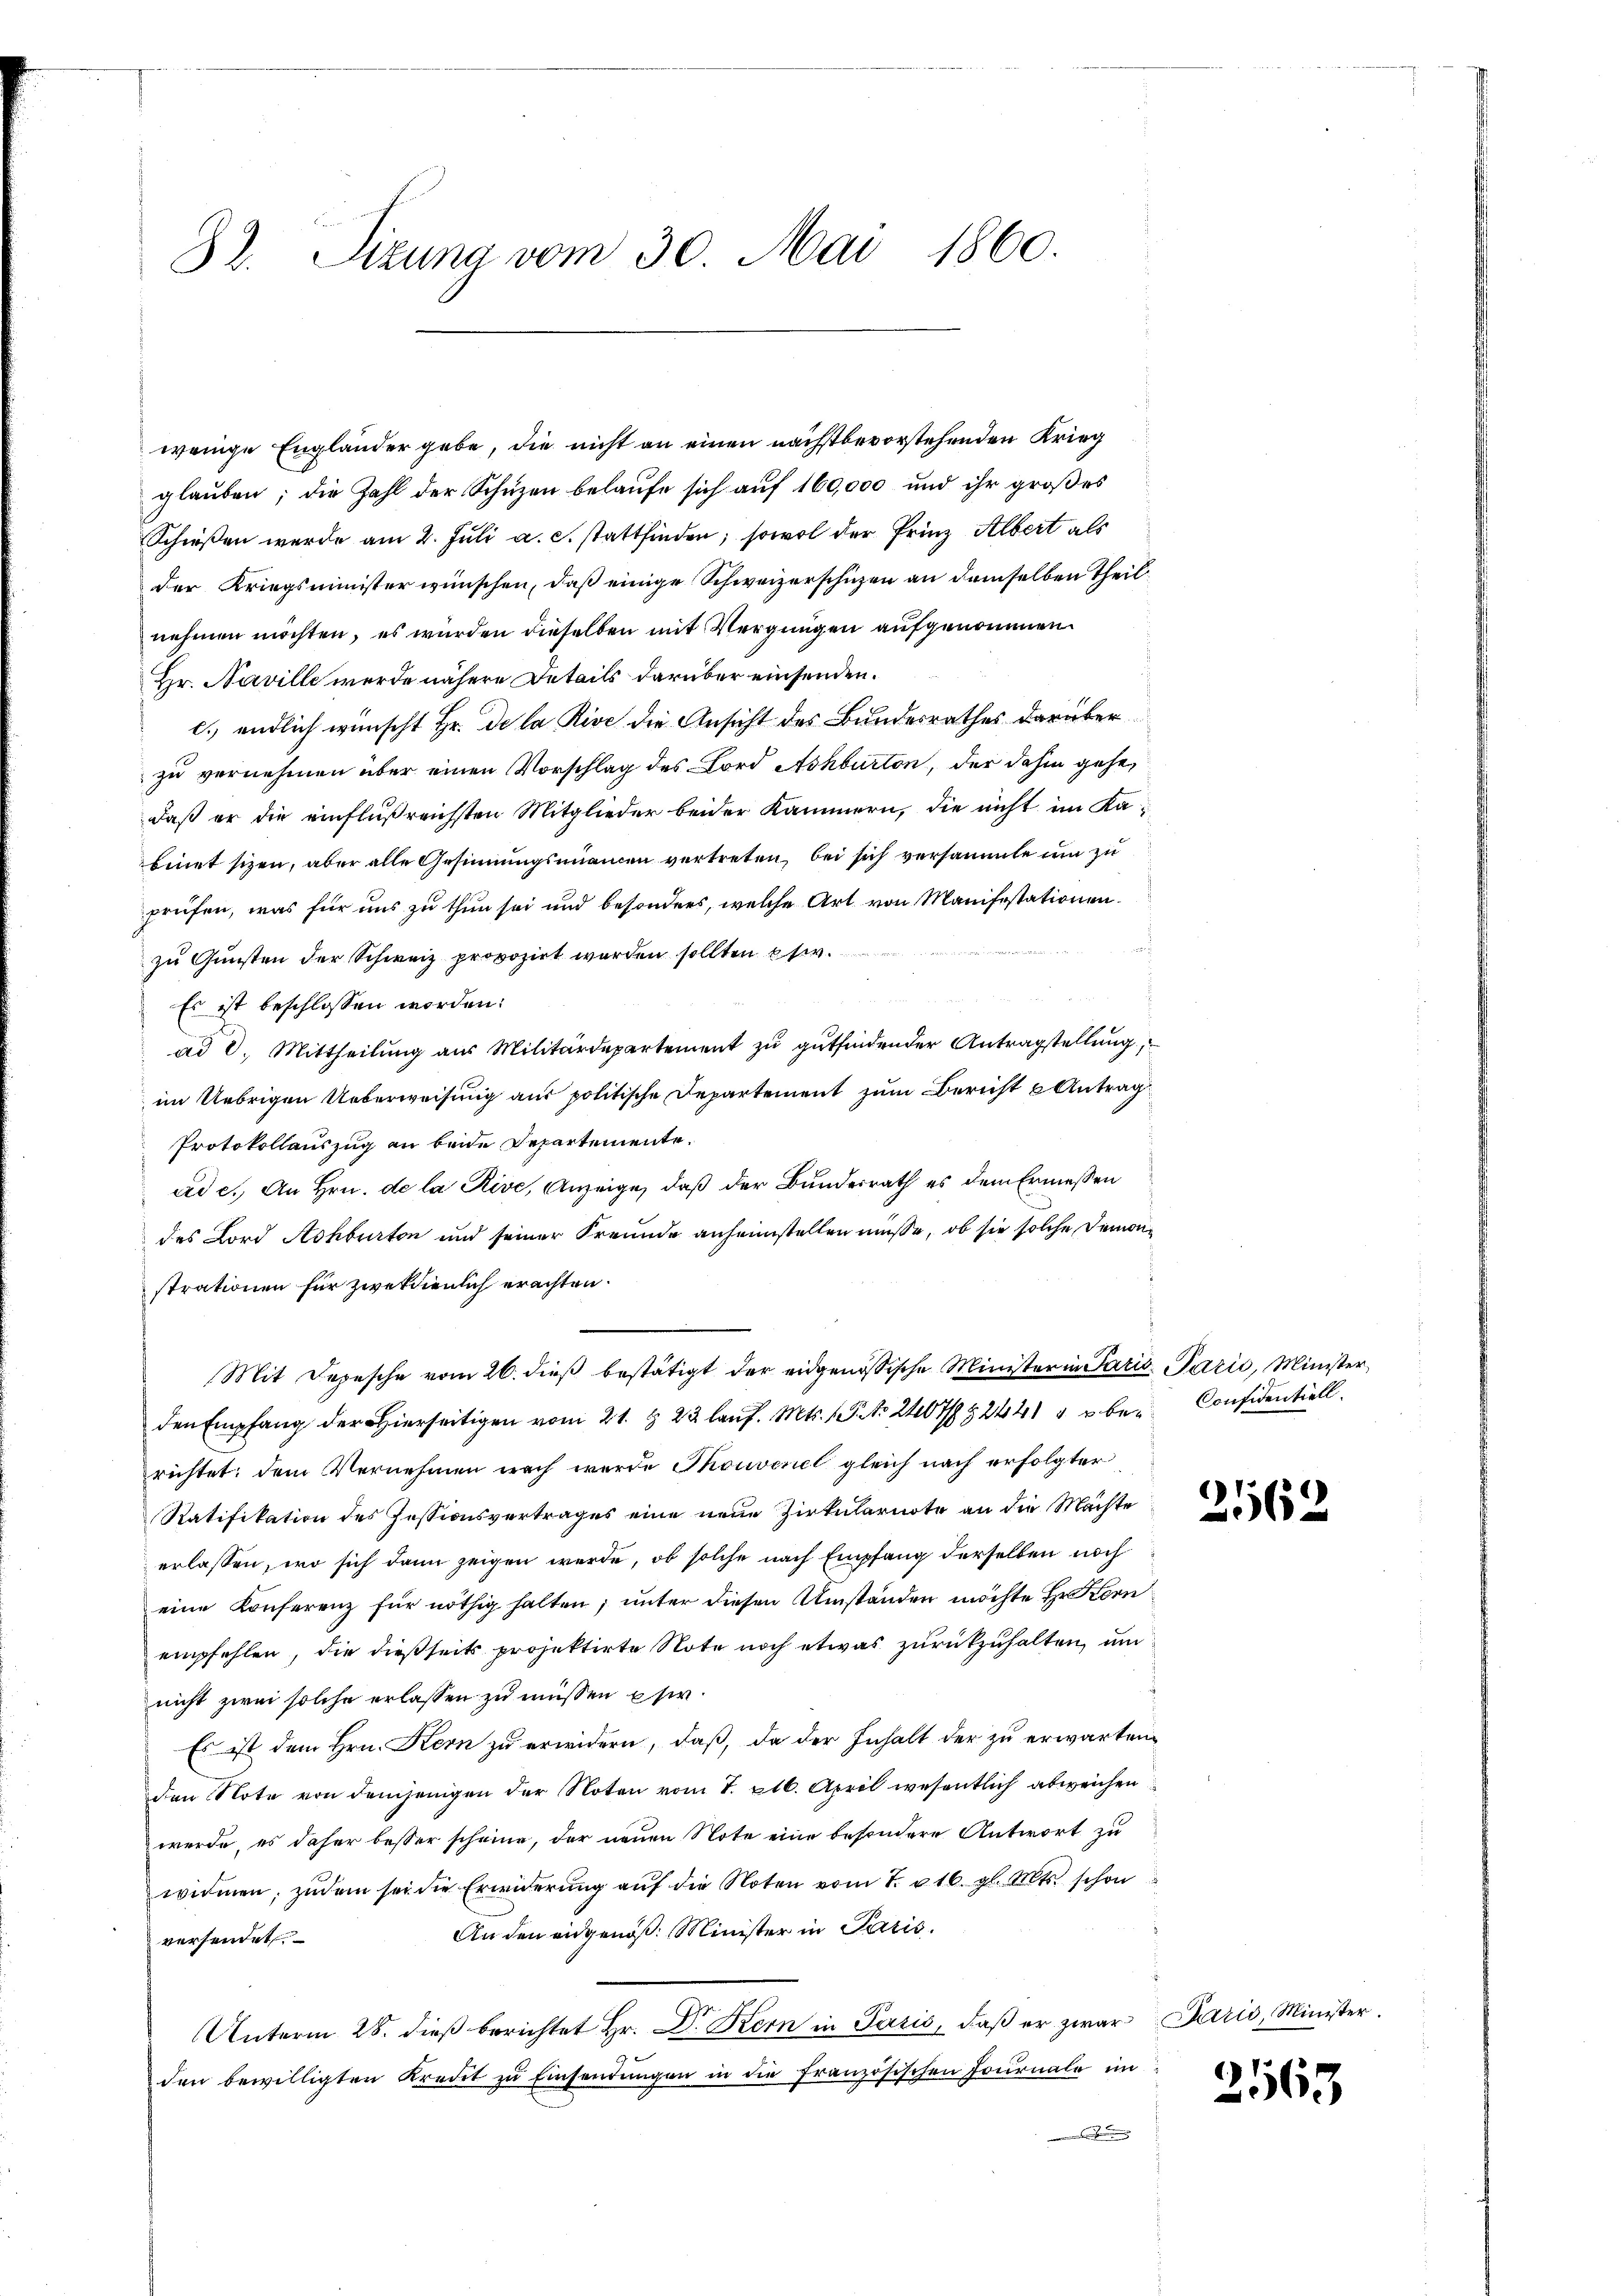
82. Sizung vom 30. Mai 1860.

wenige Engländer gebe, die nicht an einen nächstbevorstehenden Krieg
glauben; die Zahl der Schuzen belaufe sich auf 160,000 und ihr großes
Schießen werde am 2. Juli a.c. stattfinden; sowol der Prinz Albert als
der Kriegsminister wünschen, daß einige Schweizerschuzen an demselben Theil
nehmen möchten, es wurden dieselben mit Vergnügen aufgenommen.
Hr. Naville werde nähere Details darüber einsenden.
c. endlich wünscht Hr. De la Rive die Ansicht des Bundesrathes darüber
zu vernehmen über einen Vorschlag des Lord Ashburton, der dahin gehe,
daß er die einflußreichsten Mitglieder beider Kammern, die nicht im Kabinet sizen, aber alle Gesinnungsunamen vertreten, bei sich versammte um zu
prüfen, was für uns zu thun sei und besonders, welche Art von Manifestationen
zu Gunsten der Schweiz provozirt worden sollten etw
Es ist beschlossen worden:
ad 8. Mittheilung aus Militärdepartement zu gutfindender Antragstellung
im Uebrigen Ueberweisung aus politische Departement zum Bericht Antrag
Protokollauszug an beide Departemente.
ad c. An Hrn. de la Rive, Anzeige, daß der Bundesrath es dem Ermessen
des Lord Aohbirten und seiner Freunde anheimstellen müsse, ob sie solche Demonstrationen für zweckdienlich erachten.
Mit Depesche vom 26. dieß bestätigt der eidgenössische Minister in Paris Parić, Minister,
den Empfang der hierseitigen vom 21. & 22 laŭf. Mts. 1 P. Nr. 2407/8 § 2441 " u be- Considentiell
richtet; dem Vernehmen nach wurde Thouvenel gleich nach erfolgter
Ratifikation des Fessionsvertrages eine neue Zirkularnote an die Machte
erlassen, wo sich dann zeigen werde, ob solche nach Empfang derselben noch
eine Konferenz für nöthig halten; unter diesen Umständen möchte Hr. Korn
empfehlen, die dießseits projektirte Note noch etwas zurückzuhalten, um
nicht zwei solche erlassen zu müssen pfer.
Es ist dem Hrn. Kern zu erwidern, daß, da der Inhalt der zu erwartenden Note von demjenigen der Noten vom 7. ptb. April wesentlich abweichen
werde, es daher besser scheine, der neuen Note eine besondere Antwort zu
widmen; zudem sei die Erwiderŭng aŭf die Noten vom 7. u. 16. gl. Mts. schon
An den eidgenöß. Minister in Paris.
versendet
Unterm 28. dieß berichtet Hr. Dr. Kern in Paris, daß er zwar
den bewilligten Kredit zu Einsendungen in die französischen Journale im

)
962

Paris, Minister.

2563